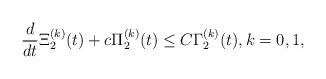
LaTeX: \begin{align*}\frac{d}{dt}\Xi_2^{(k)}(t)+c\Pi_2^{(k)}(t)\leq C\Gamma_2^{(k)}(t),k=0,1,\end{align*}